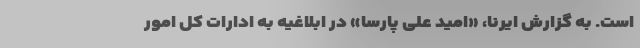
است. به گزارش ایرنا، «امید علی پارسا» در ابلاغیه به ادارات کل امور